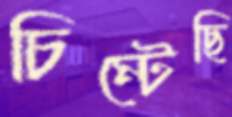
চিম্‌টেছি